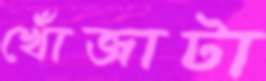
খোঁজাটা